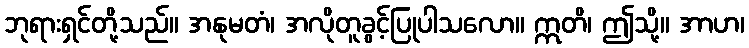
ဘုရားရှင်တို့သည်။ အနုမတံ၊ အလိုတူခွင့်ပြုပါသလော။ ဣတိ၊ ဤသို့။ အာဟ၊